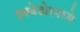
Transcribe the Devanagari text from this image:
इक्वेडोरमध्ये